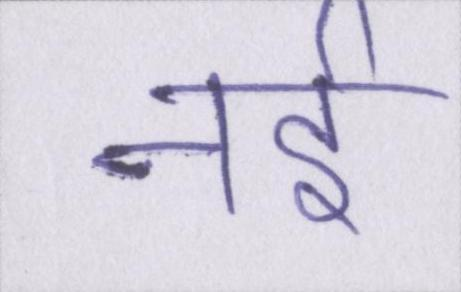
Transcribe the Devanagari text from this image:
नई